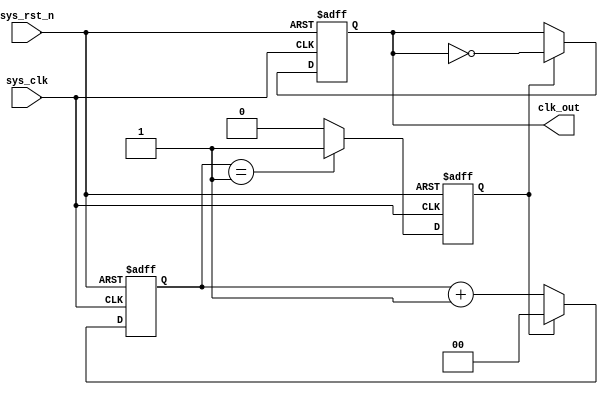
module divider_six
#
(
	parameter CNT_SIX = 2'b10
)
(
	input wire sys_clk,
	input wire sys_rst_n,
	
	output reg clk_out
);

reg [1:0] cnt;
reg 	  cnt_flag;

always@(posedge sys_clk or negedge sys_rst_n)
	if(!sys_rst_n)
		cnt <= 2'b0;
	else if(cnt_flag == 1'b1)
		cnt <= 2'b0;
	else
		cnt <= cnt +2'b1;

always@(posedge sys_clk or negedge sys_rst_n)
	if(!sys_rst_n)
		cnt_flag <= 1'b0;
	else if(cnt == CNT_SIX - 1)
		cnt_flag <= 1'b1;
	else	
		cnt_flag <= 1'b0;
always@(posedge sys_clk or negedge sys_rst_n)
	if(!sys_rst_n)
		clk_out <= 1'b0;
	else if(cnt_flag == 1'b1)
		clk_out <= ~clk_out;
	else
		clk_out <= clk_out;

endmodule